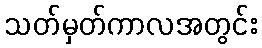
သတ်မှတ်ကာလအတွင်း